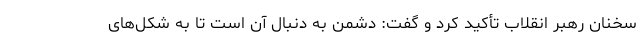
سخنان رهبر انقلاب تأکید کرد و گفت: دشمن به دنبال آن است تا به شکل‌های